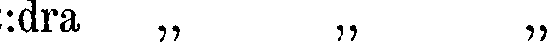
:dra ,, ,, „